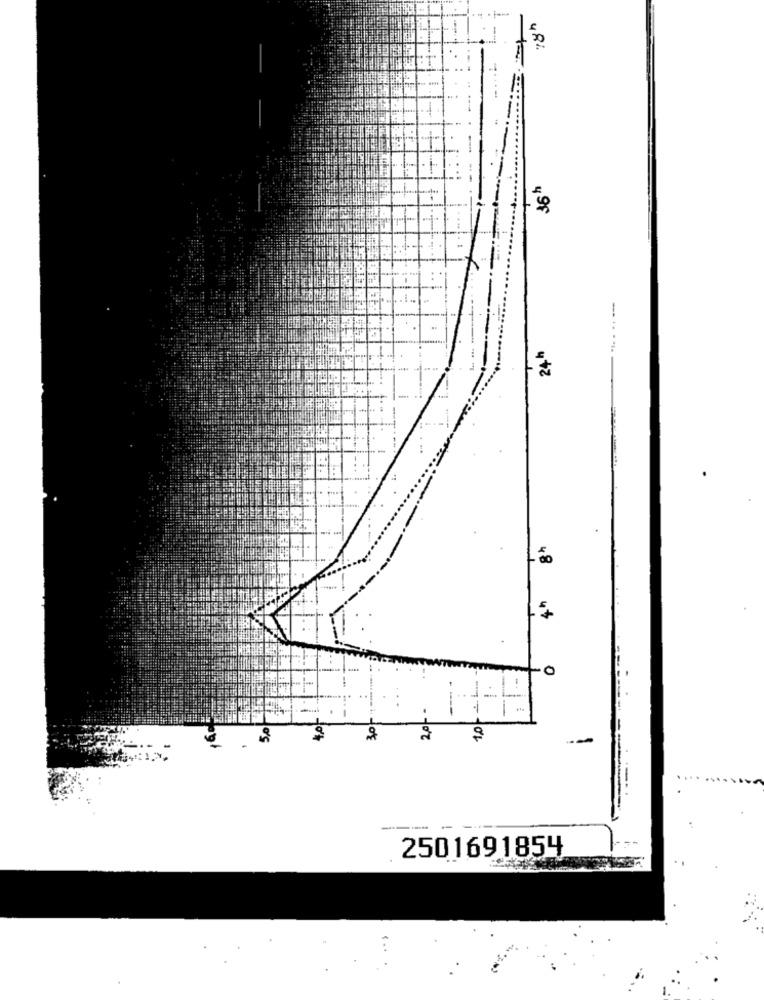
49f
24 h
8h
0
---
2501691854